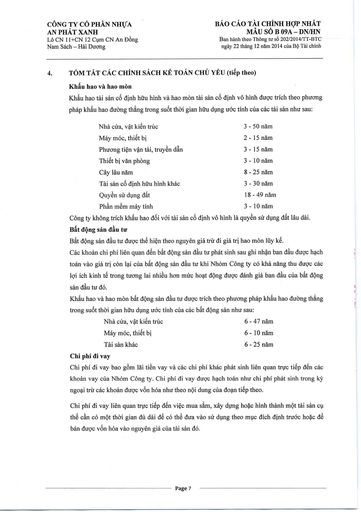
|Nhà cửa, vật kiến trúc|3-50 năm| |---|---| |Máy móc, thiết bị|2-15 năm| |Phương tiện vận tải, truyền dẫn|3-15 năm| |Thiết bị văn phòng|3-10 năm| |Cây lâu năm|8-25 năm| |Tài sản cố định hữu hình khác|3-30 năm| |Quyền sử dụng đất|18-49 năm| |Phần mềm máy tính|3-10 năm| |Nhà cửa, vật kiến trúc|6-47 năm| |---|---| |Máy móc, thiết bị|6-10 năm| |Tài sản khác|6-25 năm|